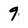
Character: 9